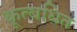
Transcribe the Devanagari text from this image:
कूत्बधित